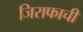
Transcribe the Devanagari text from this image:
जिराफाची